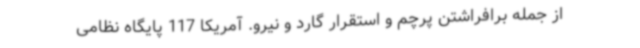
از جمله برافراشتن پرچم و استقرار گارد و نیرو. آمریکا 117 پایگاه نظامی